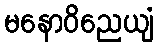
မနောဝိညေယျံ